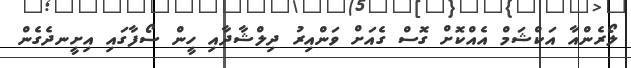
ލޯރެންއާ އަކްޝަމް އެއްކޮށް ގޮސް ގެއަށް ވަންއިރު ދިލްޝާދާއި ހީން ސޯފާގައި އިށީނދެގެން